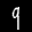
Label: 9